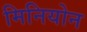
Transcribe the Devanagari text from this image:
मिनियोन